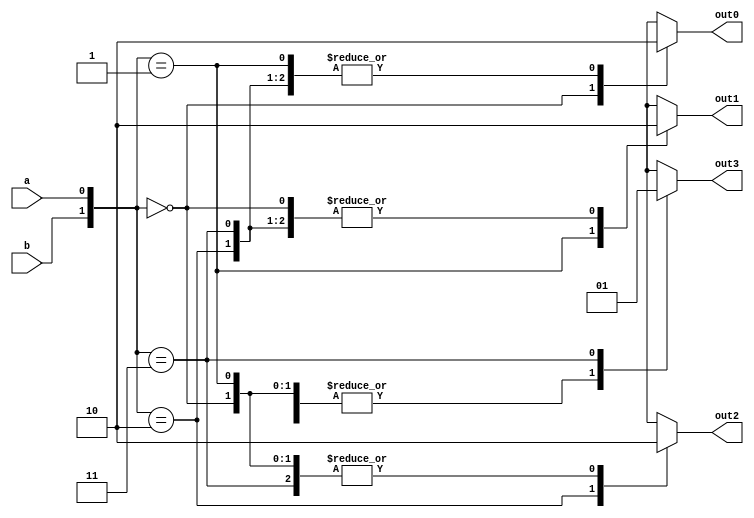
//This is for the 2:4 decoder module.

module two_to_four_decoder_behavioral_module (a, b, out0, out1, out2, out3);
	input a, b;

	output out0, out1, out2, out3;
	reg out0, out1, out2, out3;
	
	always@(a or b)
	begin
		case({b, a})
			2'b00 : begin out3 <= 1'b0; out2 <= 1'b0; out1 <= 1'b0; out0 <= 1'b1; end
			2'b01 : begin out3 <= 1'b0; out2 <= 1'b0; out1 <= 1'b1; out0 <= 1'b0; end
			2'b10 : begin out3 <= 1'b0; out2 <= 1'b1; out1 <= 1'b0; out0 <= 1'b0; end
			2'b11 : begin out3 <= 1'b1; out2 <= 1'b0; out1 <= 1'b0; out0 <= 1'b0; end
		endcase
	end

endmodule